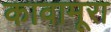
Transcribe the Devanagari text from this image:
कावामूरा